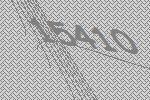
15410